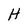
Character: H